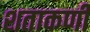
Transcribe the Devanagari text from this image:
शताकर्णी